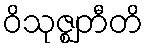
ဝိသုဇ္ဈတီတိ